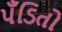
પઁડિતો